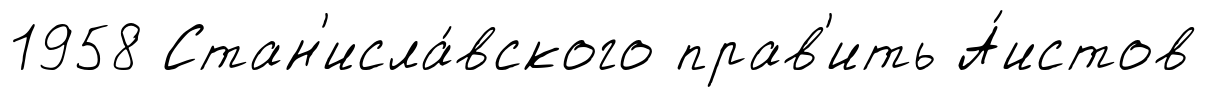
1958 Стан'исла́вского прав'ить А́истов